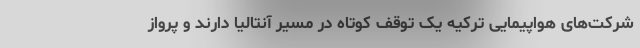
شرکت‌های هواپیمایی ترکیه یک توقف کوتاه در مسیر آنتالیا دارند و پرواز